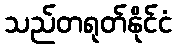
သည်တရုတ်နိုင်ငံ